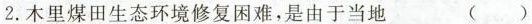
2.木里煤田生态环境修复困难，是由于当地 ()